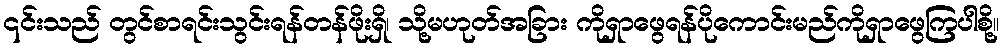
၎င်းသည် တွင်စာရင်းသွင်းရန်တန်ဖိုးရှိ၊ သို့မဟုတ်အခြား ကိုရှာဖွေရန်ပိုကောင်းမည်ကိုရှာဖွေကြပါစို့။